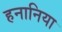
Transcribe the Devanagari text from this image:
हनानिया